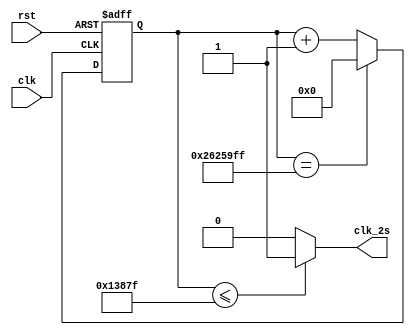
`timescale 1ns / 1ps
//////////////////////////////////////////////////////////////////////////////////
// Company: 
// Engineer: 
// 
// Design Name: 
// Module Name:    clock 
// Project Name: 
// Target Devices: 
// Tool versions: 
// Description: 
//
// Dependencies: 
//
// Revision: 
// Revision 0.01 - File Created
// Additional Comments: 
//
//////////////////////////////////////////////////////////////////////////////////
 module clock(
		input clk,
		input rst,
		output clk_2s//5
		);
		
		reg [25:0] cnt;
		reg [25:0] cnt1;
		
		always@(posedge clk or posedge rst)
			begin
				if(rst)
					begin
						cnt<=0;
						cnt1<=0;
					end
				else
					begin
						if(cnt==26'd15999999)//2
							cnt<=0;
						else
							cnt<=cnt+1;
						if(cnt1==26'd39999999)//5
							cnt1<=0;
						else
							cnt1<=cnt1+1;
					end
			end
		
		assign clk_2s=(cnt1<=26'd79999)?1:0;

endmodule